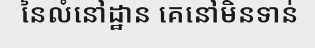
នៃលំនៅដ្ឋាន គេនៅមិនទាន់